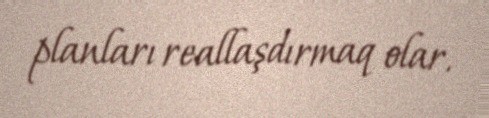
planları reallaşdırmaq olar.